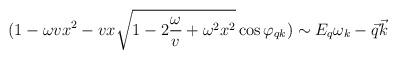
LaTeX: \begin{align*}(1-\omega v x^2- vx\sqrt{1-2{\omega\over v}+\omega^2 x^2} \cos\varphi_{qk})\sim E_q\omega_k-\vec{q}\vec{k}\end{align*}